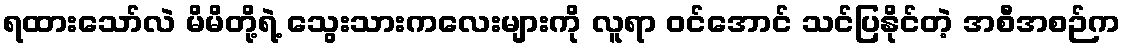
ရထားသော်လဲ မိမိတို့ရဲ့ သွေးသားကလေးများကို လူရာ ဝင်အောင် သင်ပြနိုင်တဲ့ အစီအစဉ်က